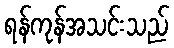
ရန်ကုန်အသင်းသည်